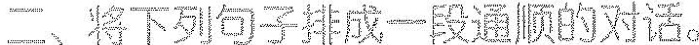
二、将下列句子排成一段通顺的对话。